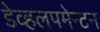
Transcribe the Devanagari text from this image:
डेव्हलपमेन्टन